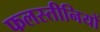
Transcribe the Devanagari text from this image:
फलस्तीनियों